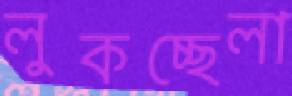
লুকচ্ছেলা